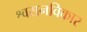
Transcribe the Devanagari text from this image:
श्वसनविकार